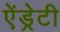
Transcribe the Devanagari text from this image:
ऐंड्रेटी